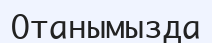
Отанымызда